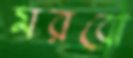
মরবো